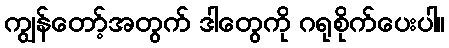
ကျွန်တော့်အတွက် ဒါတွေကို ဂရုစိုက်ပေးပါ။